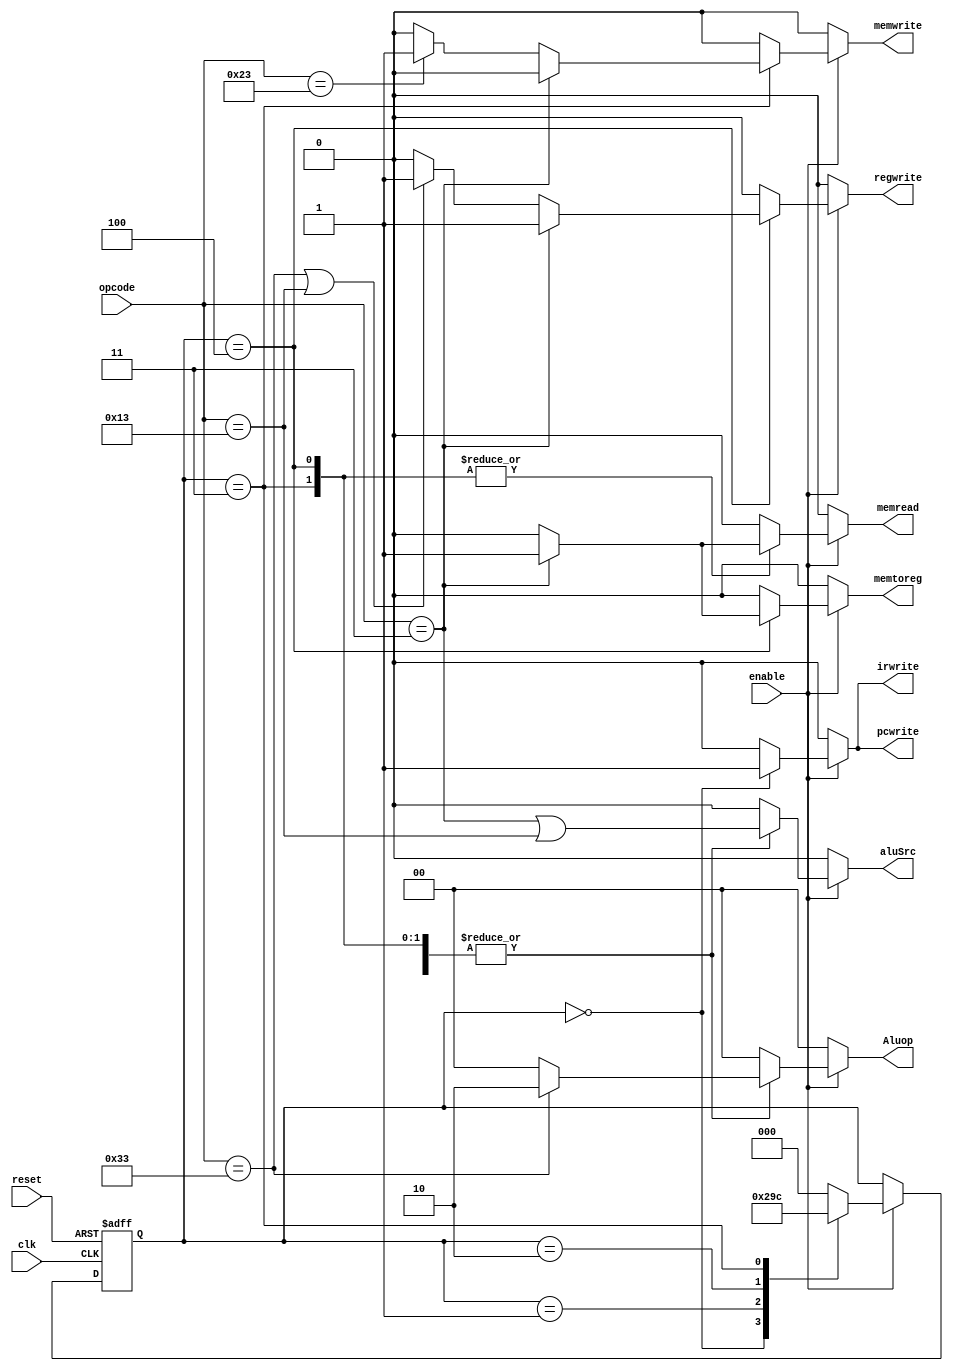
`timescale 1ns / 1ps

module control_unit(
    input [6:0] opcode,
    input clk,
    input reset,
    input enable,
    output reg memread,
    output reg memtoreg,
    output reg memwrite,
    output reg aluSrc,
    output reg regwrite,
    output reg [1:0] Aluop,
    output reg pcwrite,
    output reg irwrite
);

    // State encoding
    parameter FETCH    = 3'b000,
              DECODE   = 3'b001,
              EXECUTE  = 3'b010,
              MEMORY   = 3'b011,
              WRITEBACK= 3'b100;

    reg [2:0] current_state, next_state;

    // State transition logic
    always @(posedge clk or posedge reset) begin
        if (reset)
            current_state <= FETCH;
        else if (enable)
            current_state <= next_state;
    end

    // Next state logic
    always @(*) begin
        case (current_state)
            FETCH: next_state = DECODE;
            DECODE: next_state = EXECUTE;
            EXECUTE: next_state = MEMORY;
            MEMORY: next_state = WRITEBACK;
            WRITEBACK: next_state = FETCH;
            default: next_state = FETCH;
        endcase
    end

    // Output logic
    always @(*) begin
        // Default values
        memread  = 1'b0;
        memtoreg = 1'b0;
        memwrite = 1'b0;
        aluSrc   = 1'b0;
        regwrite = 1'b0;
        Aluop   = 2'b00;
        pcwrite = 1'b0;
        irwrite = 1'b0;

        if (enable) begin
            case (current_state)
                FETCH: begin
                    pcwrite = 1'b1;  // Enable program counter to fetch the instruction
                    irwrite = 1'b1;  // Enable instruction register to capture the fetched instruction
                end
                DECODE: begin
                    // Decode stage control signals
                    // Typically, no control signals need to be set here; decoding happens implicitly
                end
                EXECUTE: begin
                    // Execute stage control signals
                    aluSrc = (opcode == 7'b0000011 || opcode == 7'b0010011); // Load or I-Type
                    Aluop = (opcode == 7'b0110011) ? 2'b10 : 2'b00; // R-Type or other
                end
                MEMORY: begin
                    // Memory stage control signals
                      aluSrc = (opcode == 7'b0000011 || opcode == 7'b0010011); // Load or I-Type
                    Aluop = (opcode == 7'b0110011) ? 2'b10 : 2'b00; 
                    if (opcode == 7'b0000011) begin // Load
                        memread = 1'b1;
                    end else if (opcode == 7'b0100011) begin // Store
                        memwrite = 1'b1;
                    end
                end
                WRITEBACK: begin
                    // Writeback stage control signals
                    aluSrc = (opcode == 7'b0000011 || opcode == 7'b0010011); // Load or I-Type
                    Aluop = (opcode == 7'b0110011) ? 2'b10 : 2'b00; 
                    if (opcode == 7'b0000011) begin // Load
                         memread = 1'b1;
                        memtoreg = 1'b1;
                        regwrite = 1'b1;
                    end else if (opcode == 7'b0110011 || opcode == 7'b0010011) begin // R-Type or I-Type
                        regwrite = 1'b1;
                    end
                end
                default: begin
                    memread = 1'b0;
                    memtoreg = 1'b0;
                    memwrite = 1'b0;
                    aluSrc = 1'b0;
                    regwrite = 1'b0;
                    Aluop = 2'b00;
                    pcwrite = 1'b0;
                    irwrite = 1'b0;
                end
            endcase
        end
    end
endmodule